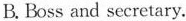
B.Boss and secretary.